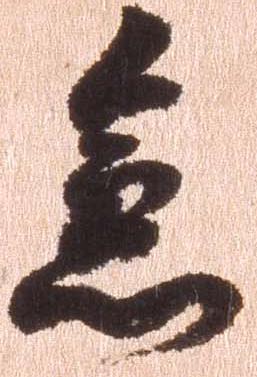
急